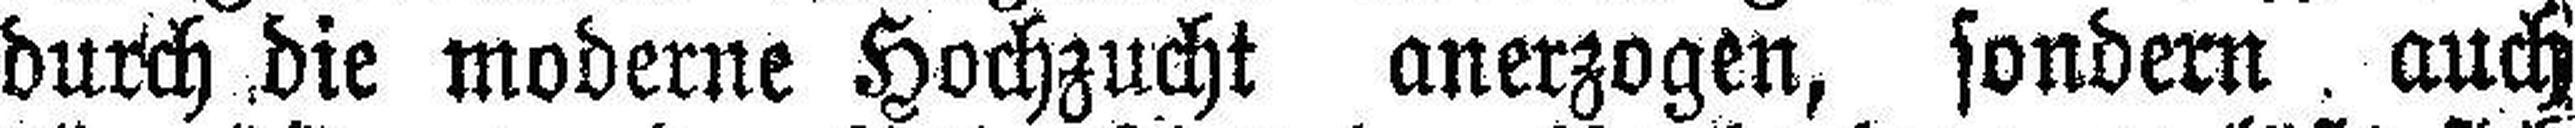
durch die moderne Hochzucht anerzogen, sondern auch